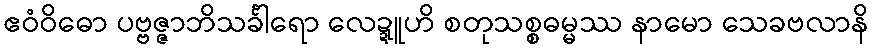
ဧဝံဝိဓော ပဗ္ဗဇ္ဇာဘိသင်္ခါရော လေဍ္ဍူဟိ စတုသစ္စဓမ္မဿ နာမော သေခဗလာနိ